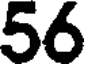
56